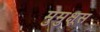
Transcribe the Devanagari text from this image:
मुमुक्षूस